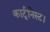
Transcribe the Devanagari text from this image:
कार्टूनिस्ट।